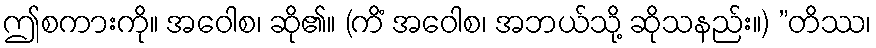
ဤစကားကို။ အဝေါစ၊ ဆို၏။ (ကိံ အဝေါစ၊ အဘယ်သို့ ဆိုသနည်း။) ”တိဿ၊